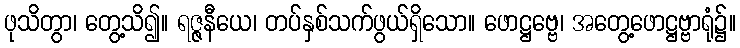
ဖုသိတွာ၊ တွေ့သိ၍။ ရဇ္ဇနီယေ၊ တပ်နှစ်သက်ဖွယ်ရှိသော။ ဖောဋ္ဌဗ္ဗေ၊ အတွေ့ဖောဋ္ဌဗ္ဗာရုံ၌။